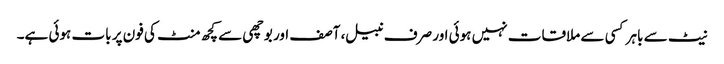
نیٹ سے باہر کسی سے ملاقات نہیں ہوئی اور صرف نبیل، آصف اور بوچھی سے کچھ منٹ کی فون پر بات ہوئی ہے۔